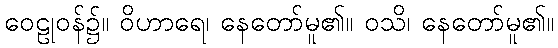
ဝေဠုဝန်၌။ ဝိဟာရေ၊ နေတော်မူ၏။ ဝသိ၊ နေတော်မူ၏။